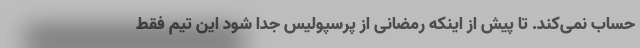
حساب نمی‌کند. تا پیش از اینکه رمضانی از پرسپولیس جدا شود این تیم فقط